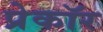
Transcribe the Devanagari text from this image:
प्रेकॉर